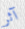
آثر